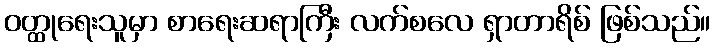
ဝတ္ထုရေးသူမှာ စာရေးဆရာကြီး လက်စလေ ရှာတာရိစ် ဖြစ်သည်။